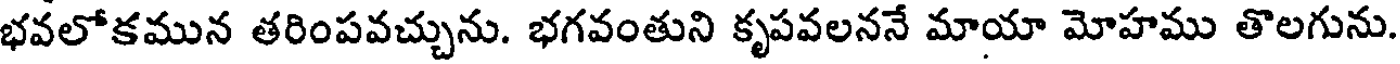
భవలోకమున తరింపవచ్చును. భగవంతుని కృపవలననే మాయా మోహము తొలగును.